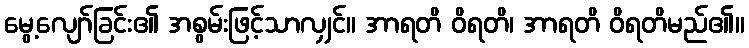
မွေ့လျော်ခြင်း၏ အစွမ်းဖြင့်သာလျှင်။ အာရတိ ဝိရတိ၊ အာရတိ ဝိရတိမည်၏။